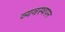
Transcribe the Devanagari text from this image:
व्यवस्थपन